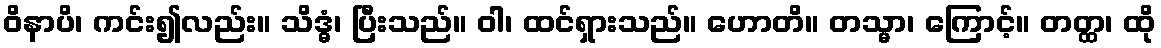
ဝိနာပိ၊ ကင်း၍လည်း။ သိဒ္ဓံ၊ ပြီးသည်။ ဝါ၊ ထင်ရှားသည်။ ဟောတိ။ တသ္မာ၊ ကြောင့်။ တတ္ထ၊ ထို